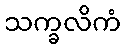
သက္ခလိကံ